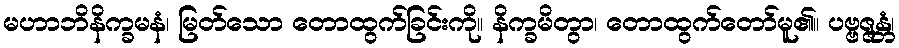
မဟာဘိနိက္ခမနံ၊ မြတ်သော တောထွက်ခြင်းကို။ နိက္ခမိတွာ၊ တောထွက်တော်မူ၏။ ပဗ္ဗဇ္ဇန္တံ၊